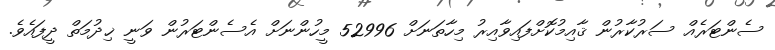
ސެންޓަރެއް ސަރުކާރުން ޤާއިމުކޮށްފައިވާއިރު މިހާތަނަށް 52996 މީހުންނަށް އެސެންޓަރުން ވަނީ ޚިދުމަތް ދީފައެވެ.